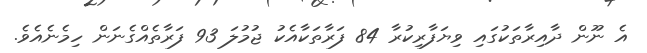
އެ ނޫން ދާއިރާތަކުގައި ވިޔަފާރިކުރާ 84 ފަރާތަކާއެކު ޖުމުލަ 93 ފަރާތެއްގެނަން ހިމެނެއެވެ.